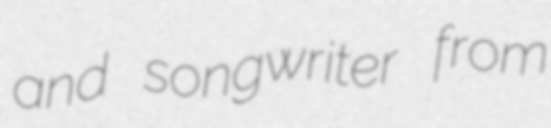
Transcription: and songwriter from